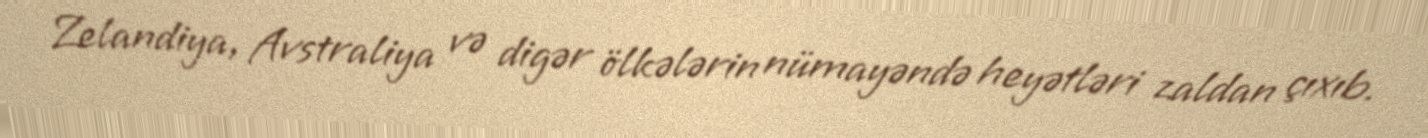
Zelandiya, Avstraliya və digər ölkələrin nümayəndə heyətləri zaldan çıxıb.